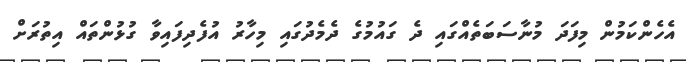
އެހެންކަމުން މިފަދަ މުނާސަބަތެއްގައި ދެ ގައުމުގެ ދެމެދުގައި މިހާރު އުފެދިފައިވާ ގުޅުންތައް އިތުރަށް